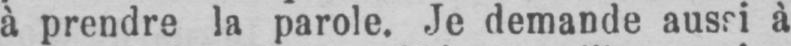
à